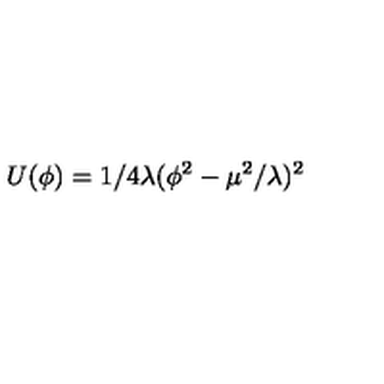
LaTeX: U ( \phi ) = 1 / 4 \lambda ( \phi ^ { 2 } - \mu ^ { 2 } / \lambda ) ^ { 2 }